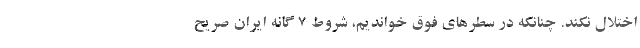
اختلال نکند. چنانکه در سطرهای فوق خواندیم، شروط ۷ گانه ایران صریح